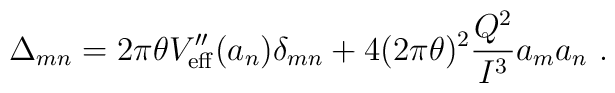
\Delta_{mn} = 2 \pi \theta V''_{\rm eff}(a_n) \delta_{mn}        + 4 (2 \pi \theta)^2\frac{Q^2}{I^3} a_m a_n ~ .